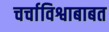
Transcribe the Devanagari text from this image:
चर्चाविश्वाबाबत